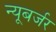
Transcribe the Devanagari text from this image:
न्यूबर्जर